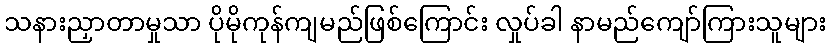
သနားညှာတာမှုသာ ပိုမိုကုန်ကျမည်ဖြစ်ကြောင်း လှုပ်ခါ နာမည်ကျော်ကြားသူများ